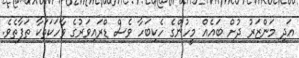
އަދި މަންޒަރު ދުށް ބައެއް މީހުންގެ ހެކިބަހާ ވެސް ޑްރައިވަރުގެ ވާހަކަތަކާ ތަފާތެވެ.